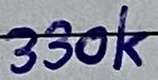
Text: 330k